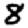
Digit: 8